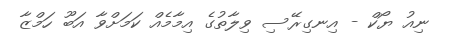
ނިއު ޔޯކް - އިނގިރޭސި ވިލާތުގެ އިމާމެއް ކަމަށްވާ އަބޫ ހަމްޒާ